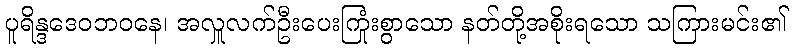
ပူရိန္ဒဒေဝဘဝနေ၊ အလှူလက်ဦးပေးကြုံးစွာသော နတ်တို့အစိုးရသော သကြားမင်း၏